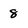
Character: 8